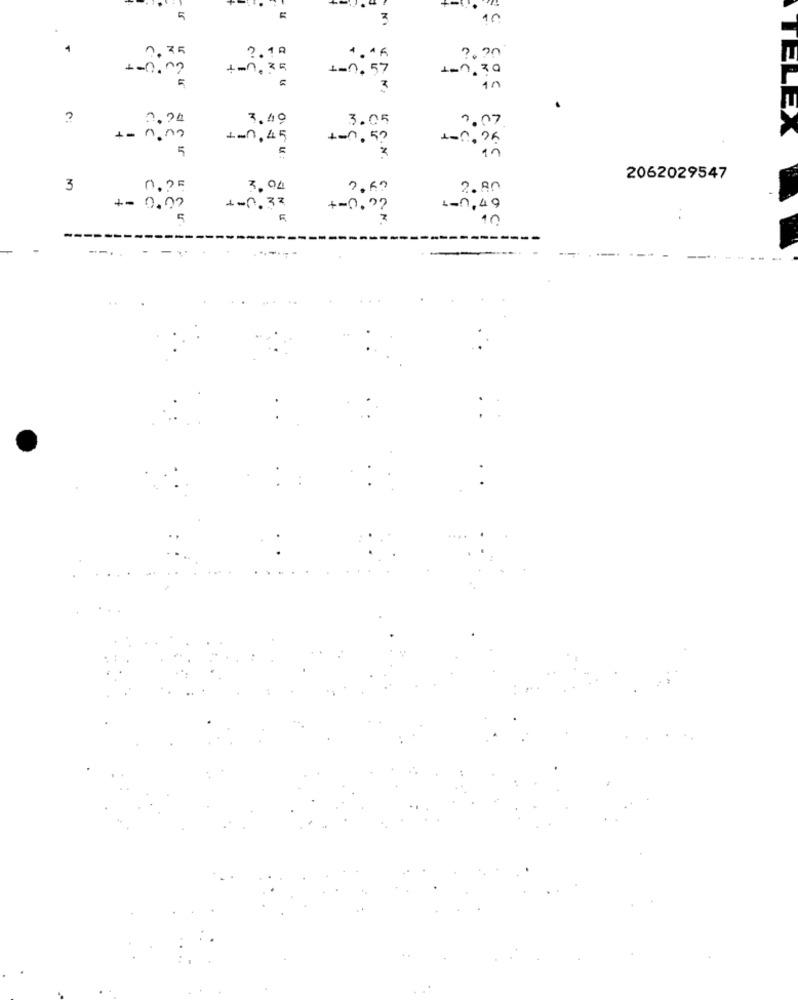
5
3
10
.
1.75
2.12
4-0,02
+-0, 35
1-0, 57
- 0 , 30
EL
3
in
?
.24
3.49
3.05
7.07
4-0,45
+-1. 5?
5
in
2062029547
3
7.04
7,60
2. An
+= 0.07
+-0.32
1-1,49
5
+ -D. ??
10